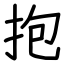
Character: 抱